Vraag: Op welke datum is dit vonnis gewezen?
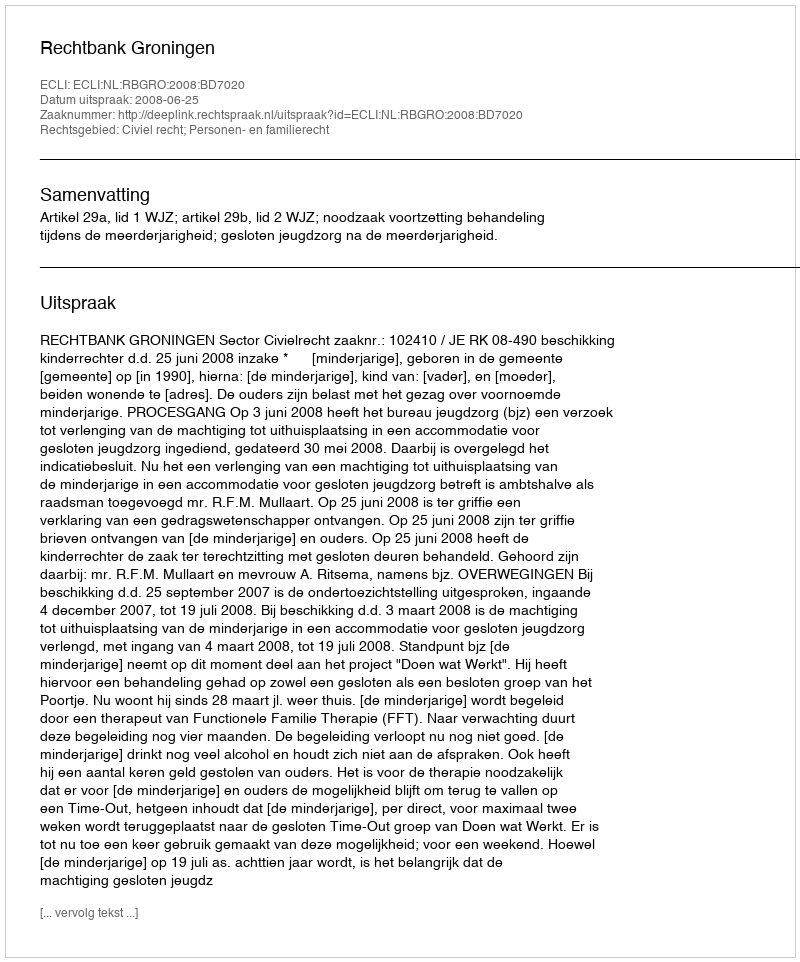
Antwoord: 2008-06-25